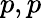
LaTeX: p,p